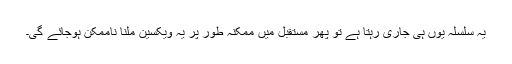
یہ سلسلہ یوں ہی جاری رہتا ہے تو پھر مستقبل میں ممکنہ طور پر یہ ویکسین ملنا ناممکن ہوجائے گی۔